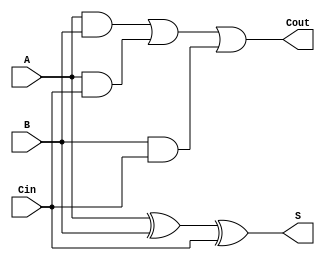
module TransmissionGateFullAdder (
    input wire A,     // First single-bit input
    input wire B,     // Second single-bit input
    input wire Cin,   // Carry-in input
    output wire S,    // Sum output
    output wire Cout   // Carry-out output
);

// Internal signals
wire AB_and, ACin_and, BCin_and; // Intermediate AND outputs
wire A_xor_B;                    // Intermediate XOR output

// Transmission Gate for A AND B
assign AB_and = A & B;

// Transmission Gate for A AND Cin
assign ACin_and = A & Cin;

// Transmission Gate for B AND Cin
assign BCin_and = B & Cin;

// Sum Calculation: S = A  B  Cin
// First XOR: A  B
assign A_xor_B = (A ^ B);

// Second XOR: (A  B)  Cin
assign S = A_xor_B ^ Cin;

// Carry-out Calculation: Cout = (A AND B) OR (B AND Cin) OR (A AND Cin)
assign Cout = AB_and | ACin_and | BCin_and;

endmodule